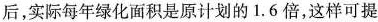
后，实际每年绿化面积是原计划的1.6倍，这样可提